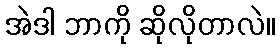
အဲဒါ ဘာကို ဆိုလိုတာလဲ။